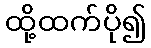
ထို့ထက်ပို၍